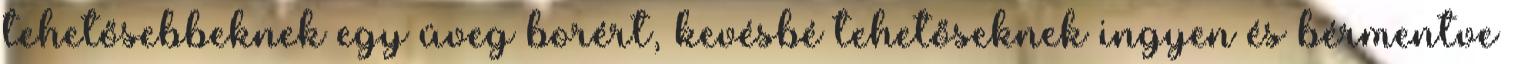
tehetősebbeknek egy üveg borért, kevésbé tehetőseknek ingyen és bérmentve